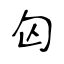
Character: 匃